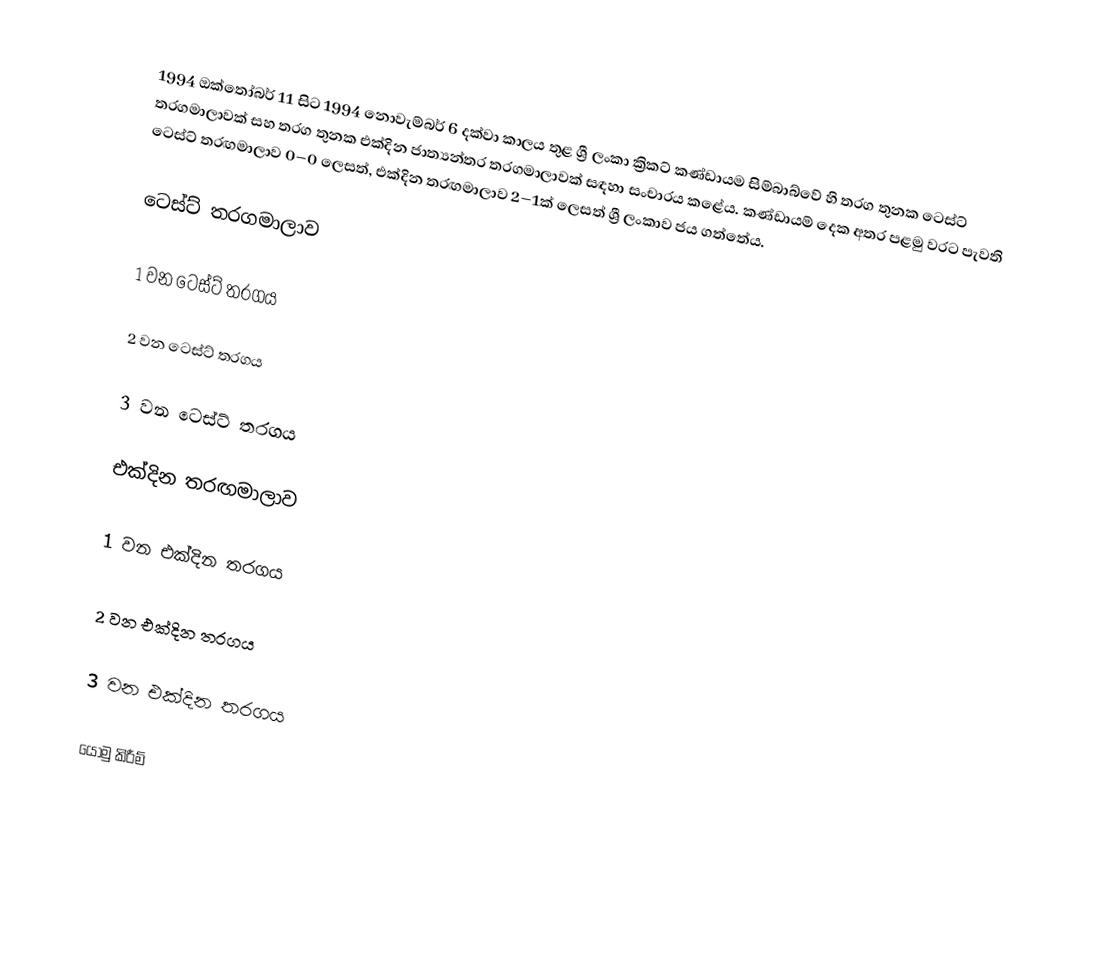
1994 ඔක්තෝබර් 11 සිට 1994 නොවැම්බර් 6 දක්වා කාලය තුළ ශ්‍රී ලංකා ක්‍රිකට් කණ්ඩායම සිම්බාබ්වේ හි තරග තුනක ටෙස්ට් තරගමාලාවක් සහ තරග තුනක එක්දින ජාත්‍යන්තර තරගමාලාවක් සඳහා සංචාරය කළේය. කණ්ඩායම් දෙක අතර පළමු වරට පැවති ටෙස්ට් තරඟමාලාව  0–0  ලෙසත්, එක්දින තරඟමාලාව 2–1ක් ලෙසත් ශ්‍රී ලංකාව ජය ගත්තේය.

ටෙස්ට් තරගමාලාව

1 වන ටෙස්ට් තරගය

2 වන ටෙස්ට් තරගය

3 වන ටෙස්ට් තරගය

එක්දින තරඟමාලාව

1 වන එක්දින  තරගය

2 වන එක්දින තරගය

3 වන එක්දින තරගය

යොමු කිරීම්